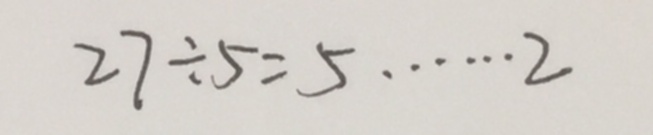
2 7 \div 5 = 5 \cdots 2